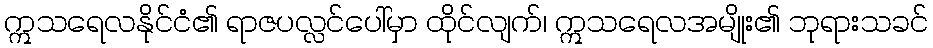
ဣသရေလနိုင်ငံ၏ ရာဇပလ္လင်ပေါ်မှာ ထိုင်လျက်၊ ဣသရေလအမျိုး၏ ဘုရားသခင်